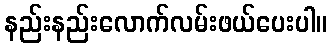
နည်းနည်းလောက်လမ်းဖယ်ပေးပါ။